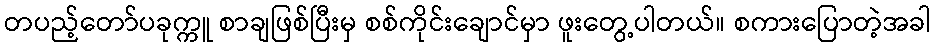
တပည့်တော်ပခုက္ကူ စာချဖြစ်ပြီးမှ စစ်ကိုင်းချောင်မှာ ဖူးတွေ့ပါတယ်။ စကားပြောတဲ့အခါ